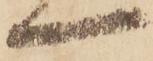
一